Annual administration report of the Civil Veterinary Department of India - 1896-1897
Year: 1896
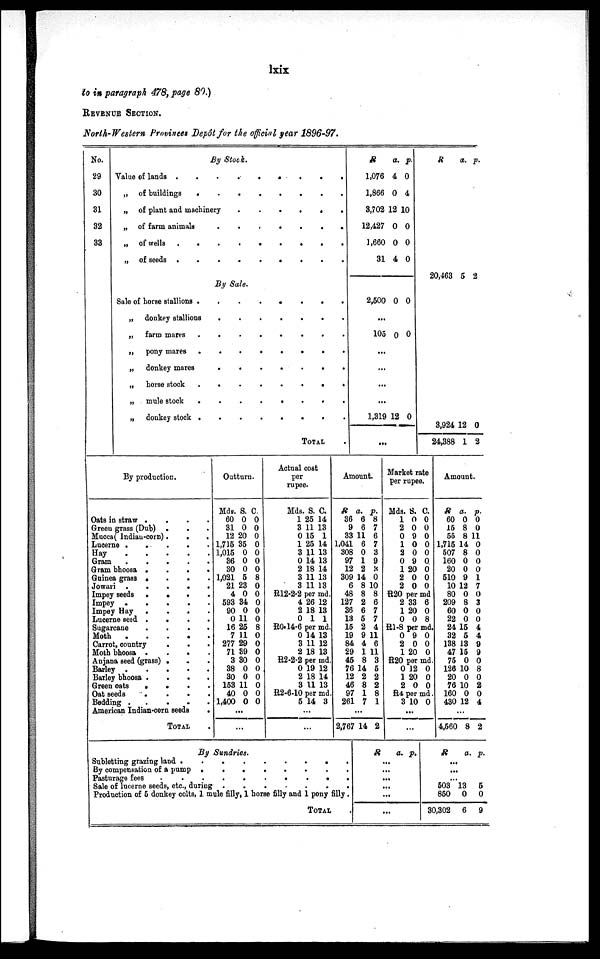
lxix
to in paragraph 478, page 80.)
REVENUE SECTION.
North-Western Provinces Depôt for the official year 1896-97.
No.
29
30
31
32
33
By Stock.
Value of lands . . . . . . . .
„ of buildings . . . . . . . .
„ of plant and machinery
.
.
.
.
.
.
„ of farm animals
.
.
.
.
.
.
„ of wells . . . . . . . .
„ of seeds . . . . . . . .
By Sale.
Sale of horse stallions . . . . . . . .
„ donkey stallions
.
.
.
.
.
.
„ farm mares . . . . . . . .
„
pony mares
.
.
.
.
.
.
„ donkey mares
.
.
.
.
.
.
„ horse stock
.
.
.
.
.
.
„ mule stock
.
.
.
.
.
.
„ donkey stock . . . . . . . .
TOTAL
R
1,076
1,866
3,702
12,427
1,660
31
2,500
...
105
...
...
...
...
1,319
...
a.
4
0
12
0
0
4
0
0
12
p.
0
4
10
0
0
0
0
0
0
R
20,463
3,924
24,388
a.
5
12
1
p.
2
0
2
By production.
Oats in straw . . . . . .
Green grass (Dub) . . . . . .
Mucca( Indian-corn) . . .
Lucerne . . . . . .
Hay
Gram
Gram bhoosa . . . . . .
Guinea grass . . . . . .
Jowari
.
.
.
.
.
.
Impey seeds . . . . . .
Impey . . . .
Impey Hay . . . . . .
Lucerne seed . . . . . .
Sugarcane . . . . . .
Moth
.
.
.
.
.
Carrot, country . . . . . .
Moth bhoosa . . . . . .
Anjana seed (grass) . . .
Barley
.
.
.
.
.
.
Barley bhoosa .
.
.
.
Green oats . . . .
Oat seeds . . . .
Bedding . . . . .
American Indian-corn seeds
.
TOTAL
Outturn.
Mds.
60
31
12
1,715
1,015
36
30
1,021
21
4
593
90
0
16
7
277
71 3
3
38
30
153
40
1,400
S.
0
0
20
35
0
0
0
5
23
0
34
0
11
25
11
29
9
30
0
0
11
0
0
C.
0
0
0
0
0
0
0
8
0
0
0
0
0
8
0
0
0
0
0
0
0
0
0
...
...
Actual cost
per
rupee.
Mds.
1
3
0
1
3
0
2
3
3
S.
25
11
15
25
11
14
18
11
11
C.
14
13
1
14
13
13
14
13
13
R12-2-2 per md.
4
2
0
26
18
1
12
13
1
R0.14-6 per md.
0
3
2
14
11
18
13
12
13
R2-2-2 per md.
0
2
3
19
18
11
12
14
13
R2-6-10 per md.
5 14 3
...
...
Amount.
R
36
9
33
1,041
308
97
12
309
6
48
127
36
13
15
19
84
29
45
76
12
46
97
261
a.
6
6
11
6
0
1
2
14
8
8
2
6
5
2
9
4
1
8
14
2
8
1
7
p.
8
7
6
7
3
9
3
0
10
8
6
7
7
4
11
6
11
3
5
2
2
8
1
...
12,767 14 2
Market rate
per rupee.
Mds.
1
2
0
1
2
0
1
2
2
S.
0
0
9
0
0
9
20
0
0
C.
0
0
0
0
0
0.
0
0
0
R20 per md
2
1
0
33
20
0
6
0
8
R1-8 per md.
0
2
1
9
0
20
0
0
0
R20 per md.
0
1
2
12
20
0
0
0
0
R4 per md.
3 10 0
...
...
Amount.
R
60
15
55
1,715
507
160
20
510
10
80
209
60
22
24
32
138
47
75
126
20
76
160
430
a.
0
8
8
14
8
0
0
9
12
0
8
0
0
15
5
13
15
0
10
0
10
0
12
p.
0
0
11
0
0
0
0
1
7
0
3
0
0
4
4
9
9
0
8
0
2
0
4
...
4,560 8 2
By Sundries.
Subletting grazing land . . . . . . . . .
By compensation of a pump . . . . . . . .
Pasturage fees . . . . . . . . . . .
Sale of lucerne seeds, etc., during
.
.
.
.
.
.
Production of 5 donkey colts, 1 mule filly, 1 horse filly and 1 pony filly .
TOTAL
R
a. p.
...
...
...
...
...
...
R
a. p.
..
...
...
503
850
30,302
13
0
6
5
0
9